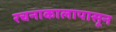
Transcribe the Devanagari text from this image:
रचनाकालापासून